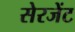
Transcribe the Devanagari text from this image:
सेरजेंट